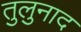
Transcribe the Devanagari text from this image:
तुलुनाद